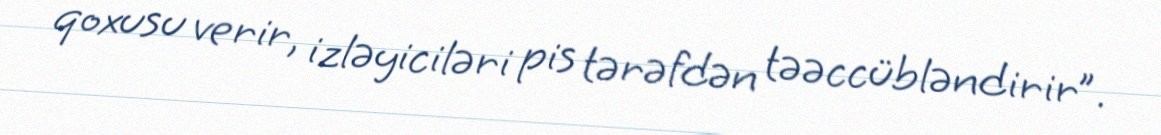
qoxusu verir, izləyiciləri pis tərəfdən təəccübləndirir”.